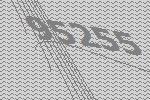
95255